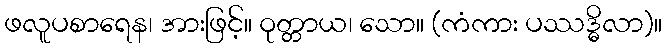
ဖလူပစာရေန၊ အားဖြင့်။ ဝုတ္တာယ၊ သော။ (ကံကား ပဿဒ္ဓိလာ)။